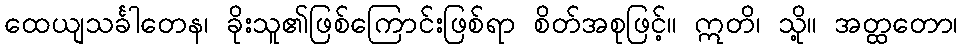
ထေယျသင်္ခါတေန၊ ခိုးသူ၏ဖြစ်ကြောင်းဖြစ်ရာ စိတ်အစုဖြင့်။ ဣတိ၊ သို့။ အတ္ထတော၊